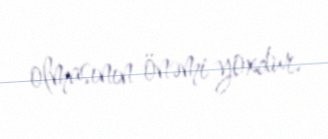
olmasının önəmi yoxdur.